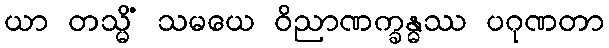
ယာ တသ္မိံ သမယေ ဝိညာဏက္ခန္ဓဿ ပဂုဏတာ